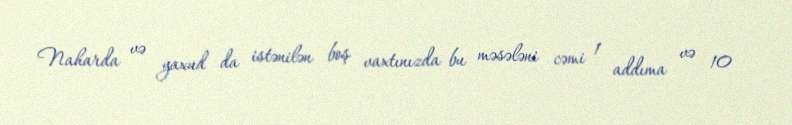
Naharda və yaxud da istənilən boş vaxtınızda bu məsələni cəmi 1 addıma və 10